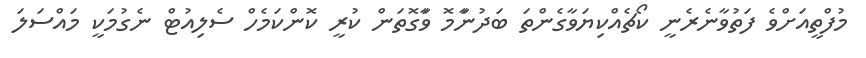
މުފްތީއަށްވެ ފަތުވާނެރެނީ ކޯޗެއްކިޔަވާގެންތަ ބަދުނަާމޮ ވަާގޮތަަން ކުރީ ކޮންކަމެހް ސެލިއުޓް ނެގުމަކީ މައްސަލަ